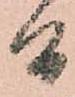
間